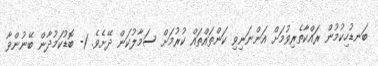
ބަނޑުހިކުމުން ރައްކާތެރިވުމަށް އަންނަނިވި ކަންތައްތައް ކުރުމަށް ސަމާލުކަން ދޭށެވެ. 1- ބޮޑުކަމުދާން ބޭނުންވާ